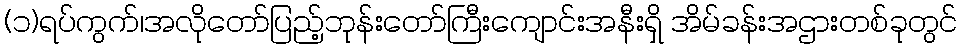
(၁)ရပ်ကွက်၊အလိုတော်ပြည့်ဘုန်းတော်ကြီးကျောင်းအနီးရှိ အိမ်ခန်းအဌားတစ်ခုတွင်